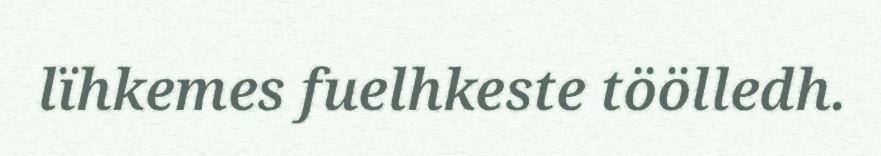
lïhkemes fuelhkeste töölledh.